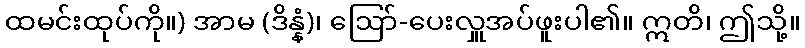
ထမင်းထုပ်ကို။) အာမ (ဒိန္နံ)၊ ဩော်-ပေးလှူအပ်ဖူးပါ၏။ ဣတိ၊ ဤသို့။